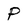
Character: P